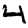
Digit: 4